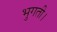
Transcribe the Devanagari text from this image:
भुगती।